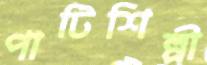
পাটিশিল্পী